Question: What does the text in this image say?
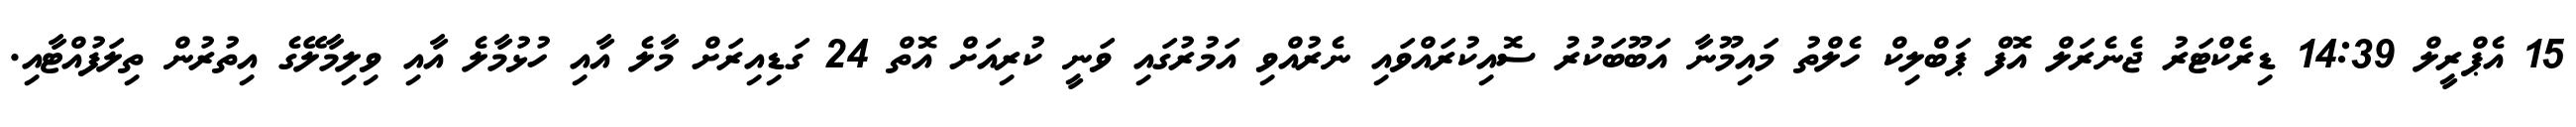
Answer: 15 އެޕްރީލް 14:39 ޑިރެކްޓަރު ޖެނެރަލް އޮފް ޕަބްލިކް ހެލްތު މައިމޫނާ އަބޫބަކުރު ސޮއިކުރައްވައި ނެރުއްވި އަމުރުގައި ވަނީ ކުރިއަށް އޮތް 24 ގަޑިއިރަށް މާލެ އާއި ހުޅުމާލެ އާއި ވިލިމާލޭގެ އިތުރުން ތިލަފުއްޓާއި.